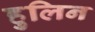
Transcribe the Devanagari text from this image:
हुलिन